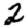
Digit: 2